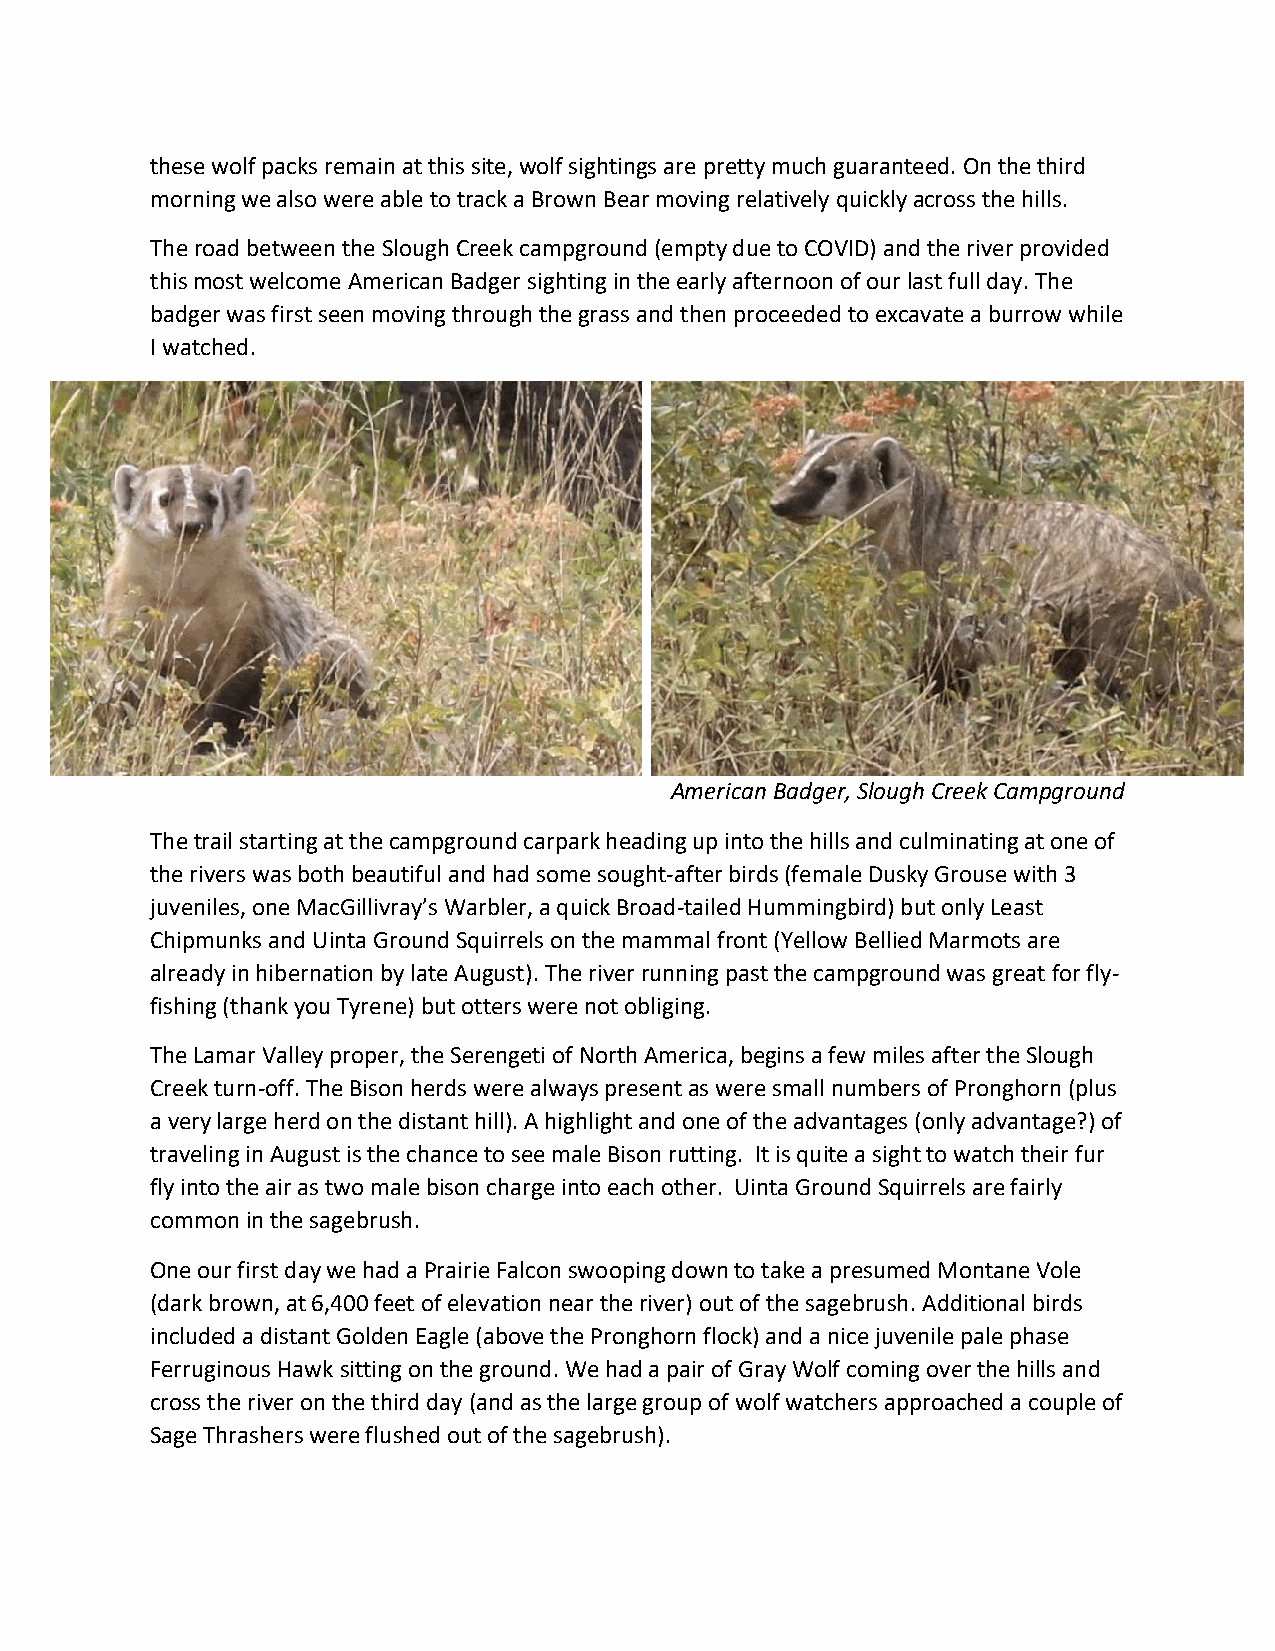
these wolf packs remain at this site, wolf sightings are pretty much guaranteed. On the third
 morning we also were able to track a Brown Bear moving relatively quickly across the hills.
 The road between the Slough Creek campground (empty due to COVID) and the river provided
 this most welcome American Badger sighting in the early afternoon of our last full day. The
 badger was first seen moving through the grass and then proceeded to excavate a burrow while
 I watched.
 American Badger, Slough Creek Campground
 The trail starting at the campground carpark heading up into the hills and culminating at one of
 the rivers was both beautiful and had some sought-after birds (female Dusky Grouse with 3
 juveniles, one MacGillivray’s Warbler, a quick Broad-tailed Hummingbird) but only Least
 Chipmunks and Uinta Ground Squirrels on the mammal front (Yellow Bellied Marmots are
 already in hibernation by late August). The river running past the campground was great for fly-
 fishing (thank you Tyrene) but otters were not obliging.
 The Lamar Valley proper, the Serengeti of North America, begins a few miles after the Slough
 Creek turn-off. The Bison herds were always present as were small numbers of Pronghorn (plus
 a very large herd on the distant hill). A highlight and one of the advantages (only advantage?) of
 traveling in August is the chance to see male Bison rutting. It is quite a sight to watch their fur
 fly into the air as two male bison charge into each other. Uinta Ground Squirrels are fairly
 common in the sagebrush.
 One our first day we had a Prairie Falcon swooping down to take a presumed Montane Vole
 (dark brown, at 6,400 feet of elevation near the river) out of the sagebrush. Additional birds
 included a distant Golden Eagle (above the Pronghorn flock) and a nice juvenile pale phase
 Ferruginous Hawk sitting on the ground. We had a pair of Gray Wolf coming over the hills and
 cross the river on the third day (and as the large group of wolf watchers approached a couple of
 Sage Thrashers were flushed out of the sagebrush).